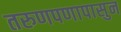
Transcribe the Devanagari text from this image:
तरुणपणापासुन